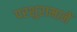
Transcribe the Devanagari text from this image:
परशुरामानें